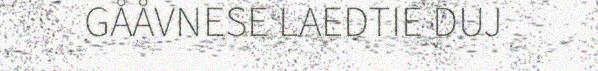
GÅÅVNESE LAEDTIE DUJ